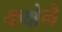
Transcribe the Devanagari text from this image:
कक्षेने